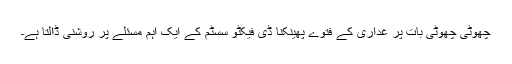
چھوٹی چھوٹی بات پر غداری کے فتوے پھینکنا ڈی فیکٹو سسٹم کے ایک اہم مسئلے پر روشنی ڈالتا ہے۔